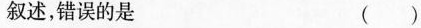
的叙述，错误的是 ( )